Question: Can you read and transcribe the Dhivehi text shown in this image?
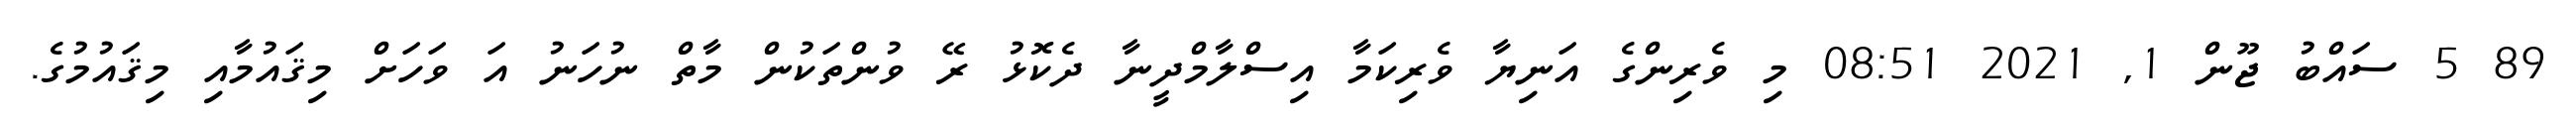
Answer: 89 5 ސައްބު ޖޫން 1, 2021 08:51 މި ވެރިންގެ އަނިޔާ ވެރިކަމާ އިސްލާމްދީނާ ދެކޮޅު ރޭ ވުންތަކުން މާތް ނުހަނު އަ ވަހަށް މިޤައުމާއި މިޤައުމުގެ.